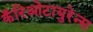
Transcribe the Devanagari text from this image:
कँरिओटायुरेन्स